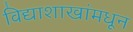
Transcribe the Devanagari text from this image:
विद्याशाखांमधून